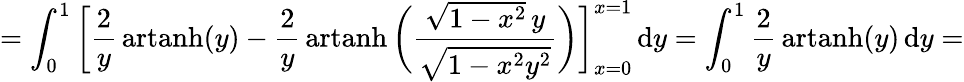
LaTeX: =\int_{0}^{1}{\biggl[}{\frac{2}{y}}\operatorname{artanh}(y)-{\frac{2}{y}}\operatorname{artanh}{\biggl(}{\frac{{\sqrt{1-x^{2}}}\, y}{\sqrt{1-x^{2}y^{2}}}}{\biggr)}{\biggr]}_{x=0}^{x=1}\, \mathrm{d}y=\int_{0}^{1}{\frac{2}{y}}\operatorname{artanh}(y)\, \mathrm{d}y=